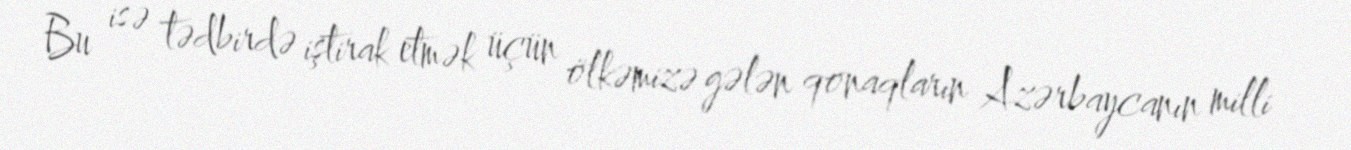
Bu isə tədbirdə iştirak etmək üçün ölkəmizə gələn qonaqların Azərbaycanın milli